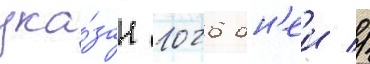
ука́зан 1026 дн'еи //